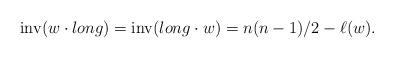
LaTeX: \begin{align*}{\rm inv}(w\cdot long)={\rm inv}(long\cdot w)=n(n-1)/2 -\ell(w).\end{align*}